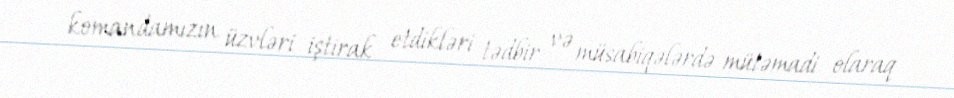
komandamızın üzvləri iştirak etdikləri tədbir və müsabiqələrdə mütəmadi olaraq